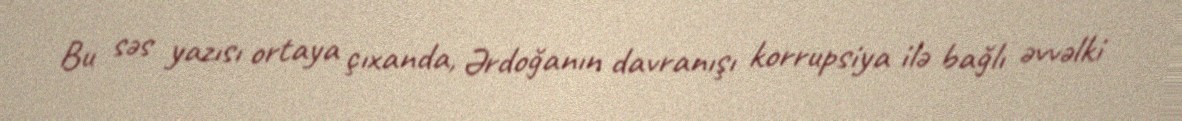
Bu səs yazısı ortaya çıxanda, Ərdoğanın davranışı korrupsiya ilə bağlı əvvəlki